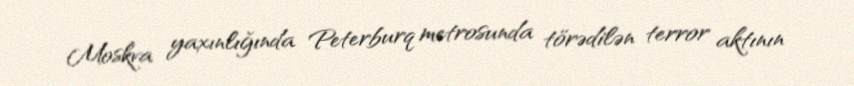
Moskva yaxınlığında Peterburq metrosunda törədilən terror aktının